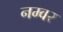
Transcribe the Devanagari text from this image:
नम्वर